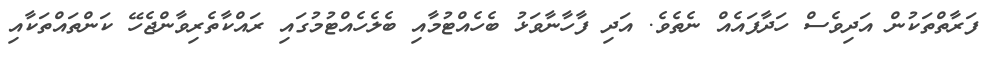
ފަރާތްތަކުން އަދިވެސް ހަދާފައެއް ނެތެވެ. އަދި ފާހާނާވަޅު ބެހެއްޓުމާއި ބެލެހެއްޓުމުގައި ރައްކާތެރިވާންޖެހޭ ކަންތައްތަކާއި